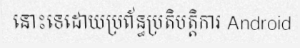
នោះទេដោយប្រព័ន្ធប្រតិបត្តិការ Android